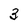
Character: 3